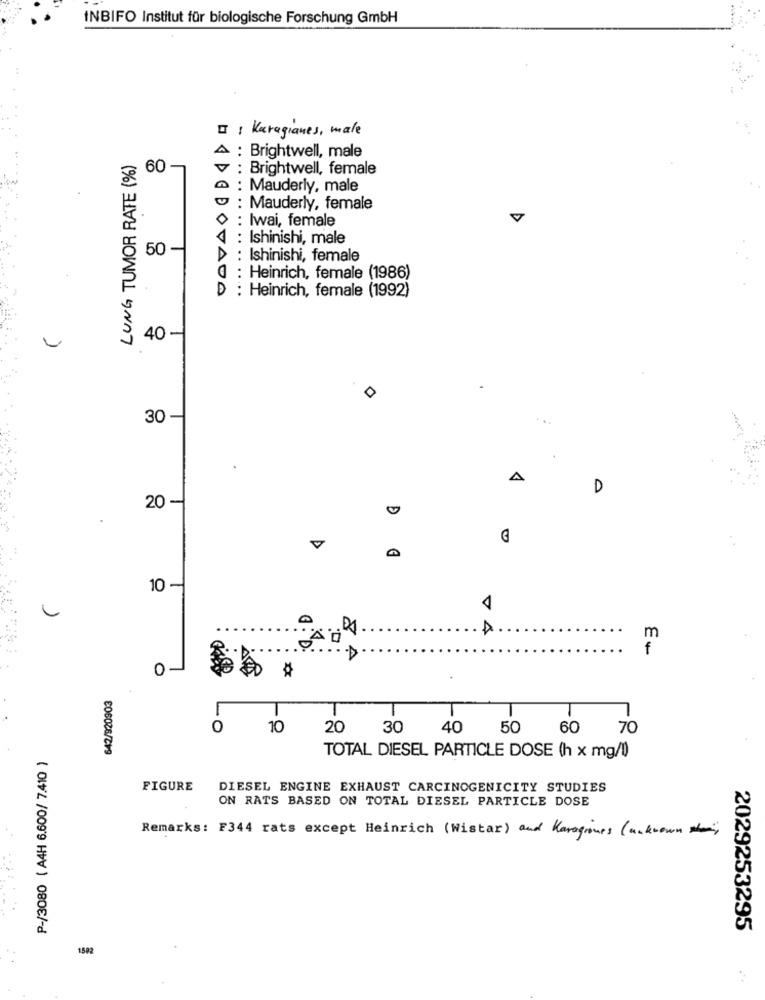
INBIFO Institut für biologische Forschung GmbH
II Karagianes, male
LUNG TUMOR RATE (%)
A : Brightwell, male
60 -
v : Brightwell, female
@ : Mauderly, male
: Mauderly, female
O : Iwai, female
4 : Ishinishi, male
50
: Ishinishi, female
: Heinrich, female (1986)
D : Heinrich, female (1992)
40 -
30
...
D
20 -
0
10 -
Q : D
.....
0 -
T
0
10
20
30
40
50
60
70
P-/3080 ( A4H 6.600/ 7.410 )
TOTAL DIESEL PARTICLE DOSE (h x mg/l)
FIGURE
DIESEL ENGINE EXHAUST CARCINOGENICITY STUDIES
ON RATS BASED ON TOTAL DIESEL PARTICLE DOSE
Remarks: F344 rats except Heinrich (Wistar) and Karagiones ( unknown )
2029253295
1502